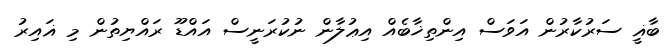
ބާޣީ ސަރުކާރުން އަވަސް އިންތިޚާބެއް އިޢުލާން ނުކުރަނީސް އައްޑޫ ރައްޔިތުން މި ޣައިރު